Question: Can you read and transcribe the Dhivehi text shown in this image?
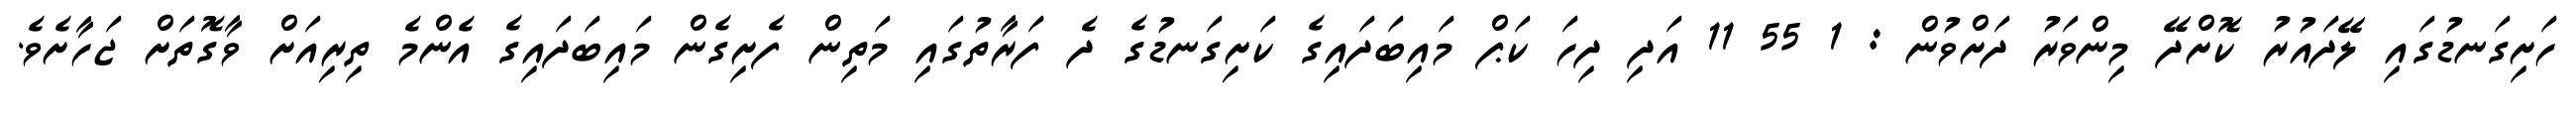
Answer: ހަށިގަނޑުގައި ލޭދައުރު ކޮށްދޭ މިންވަރު ދަށްވުން : 1 55 11 އަދި ދިހަ ކަޕް މައިބަދައިގެ ކަށިގަނޑުގެ ދެ ފަރާތުގައި މަތިން ފެށިގެން މައިބަދައިގެ އެންމެ ތިރިއަށް ވާގޮތަށް ޖަހާށެވެ.